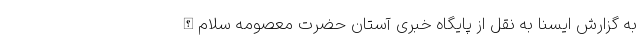
به گزارش ایسنا به نقل از پایگاه خبری آستان حضرت معصومه سلام‌الله